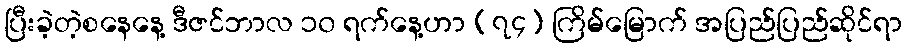
ပြီးခဲ့တဲ့စနေနေ့ ဒီဇင်ဘာလ ၁၀ ရက်နေ့ဟာ (၇၄) ကြိမ်မြောက် အပြည်ပြည်ဆိုင်ရာ